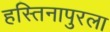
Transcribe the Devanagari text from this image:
हस्तिनापुरला